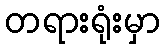
တရားရုံးမှာ